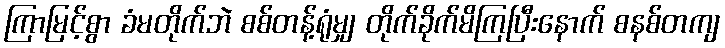
ကြာမြင့်စွာ ခံမတိုက်ဘဲ စစ်တန့်ရုံမျှ တိုက်ခိုက်မိကြပြီးနောက် စနစ်တကျ